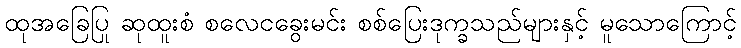
ထုအခြေပြု ဆုထူးစံ စလေငခွေးမင်း စစ်ပြေးဒုက္ခသည်များနှင့် မူသောကြောင့်